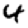
Digit: 4